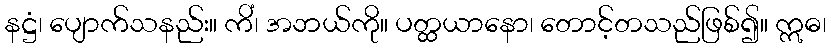
နဋ္ဌံ၊ ပျောက်သနည်း။ ကိံ၊ အဘယ်ကို။ ပတ္ထယာနော၊ တောင့်တသည်ဖြစ်၍။ ဣဓ၊